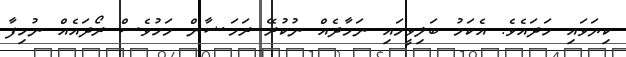
ކިޔަވައި ހަދައެވެ. އެކަމު ބަލިވީމައި ނަމާދެއް ނުކުރޭ ރަމަޟާން މަހުވެސް ރޯދައެއް ނުހިފާ